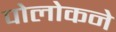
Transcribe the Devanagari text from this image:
पोलोकने